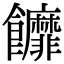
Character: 䭩